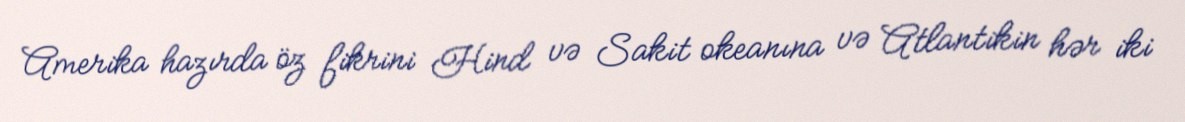
Amerika hazırda öz fikrini Hind və Sakit okeanına və Atlantikin hər iki